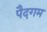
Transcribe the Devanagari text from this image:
पैदगम